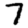
Digit: 7